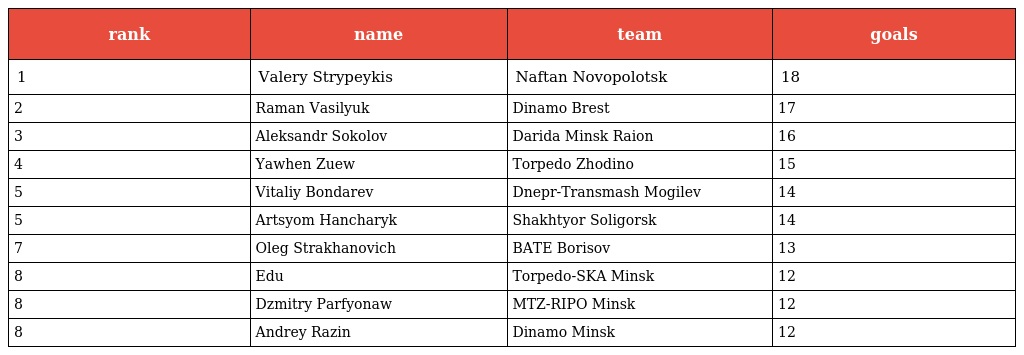
| rank | name | team | goals |
 | --- | --- | --- | --- |
 | 1 | Valery Strypeykis | Naftan Novopolotsk | 18 |
 | 2 | Raman Vasilyuk | Dinamo Brest | 17 |
 | 3 | Aleksandr Sokolov | Darida Minsk Raion | 16 |
 | 4 | Yawhen Zuew | Torpedo Zhodino | 15 |
 | 5 | Vitaliy Bondarev | Dnepr-Transmash Mogilev | 14 |
 | 5 | Artsyom Hancharyk | Shakhtyor Soligorsk | 14 |
 | 7 | Oleg Strakhanovich | BATE Borisov | 13 |
 | 8 | Edu | Torpedo-SKA Minsk | 12 |
 | 8 | Dzmitry Parfyonaw | MTZ-RIPO Minsk | 12 |
 | 8 | Andrey Razin | Dinamo Minsk | 12 |